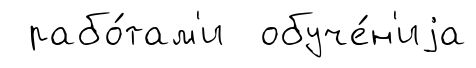
рабо́там'и обуче́н'иjа